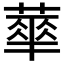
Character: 蕐